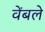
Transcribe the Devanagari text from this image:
वेंबले